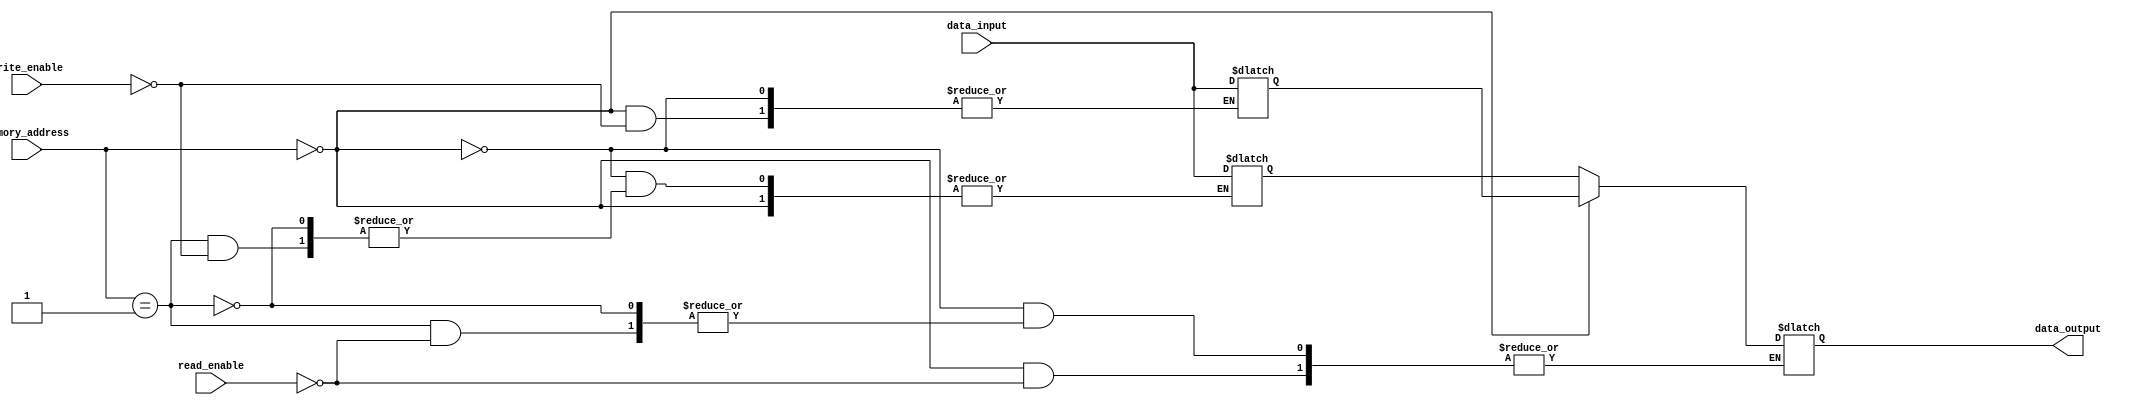
module sram (
  input wire [7:0] memory_address,
  input wire [7:0] data_input,
  input wire write_enable,
  input wire read_enable,
  output reg [7:0] data_output
);

// Define the memory blocks containing latches or flip-flops to store data
reg [7:0] memory_block_0;
reg [7:0] memory_block_1;
// Add more memory blocks as needed

// Create an address decoder to select the appropriate block
always @(*) begin
  if (memory_address == 8'b00000000) begin
    if (write_enable) begin
      memory_block_0 <= data_input;
    end
    if (read_enable) begin
      data_output <= memory_block_0;
    end
  end else if (memory_address == 8'b00000001) begin
    if (write_enable) begin
      memory_block_1 <= data_input;
    end
    if (read_enable) begin
      data_output <= memory_block_1;
    end
  end
  // Add more address decoder logic for additional memory blocks
end

endmodule